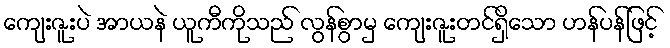
ကျေးဇူးပဲ အာယနဲ ယူကီကိုသည် လွန်စွာမှ ကျေးဇူးတင်ရှိသော ဟန်ပန်ဖြင့်